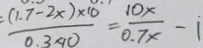
\frac { ( 1 . 7 - 2 x ) \times 1 0 } { 0 . 3 \times 1 0 } = \frac { 1 0 x } { 0 . 7 x } - 1